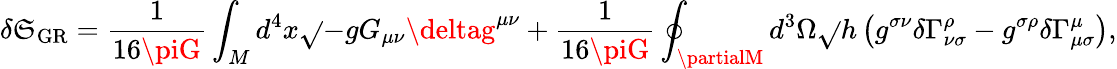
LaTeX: \delta\mathfrak{S}_{\mathrm{{GR}}}=\frac{{1}}{{16\piG}}\int_{M}d^{4}x\sqrt{}{{-g}}G_{\mu\nu}\deltag^{\mu\nu}+\frac{{1}}{{16\piG}}\oint_{\partialM}d^{3}\Omega\sqrt{}{{h}}\left(g^{\sigma\nu}\delta\Gamma_{\nu\sigma}^{\rho}-g^{\sigma\rho}\delta\Gamma_{\mu\sigma}^{\mu}\right),